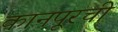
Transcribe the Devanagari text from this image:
कानपूरची